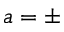
a = \pm